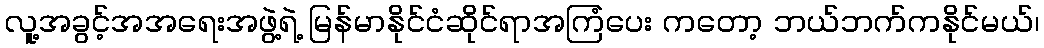
လူ့အခွင့်အအရေးအဖွဲ့ရဲ့ မြန်မာနိုင်ငံဆိုင်ရာအကြံပေး ကတော့ ဘယ်ဘက်ကနိုင်မယ်၊